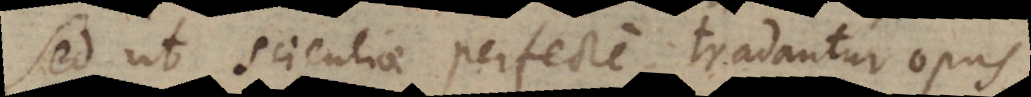
Sed ut scientiae perfecte tradantur opus